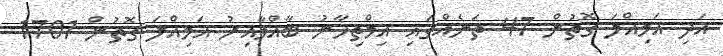
އަދި އަމިއްލަ ގޮތުން 47 ތަނެއްގައި އިމްތިހާނު ބާއްވާއިރު އަމިއްލަ ގޮތުން 1701